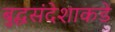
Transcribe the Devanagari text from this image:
बुद्धसंदेशाकडे